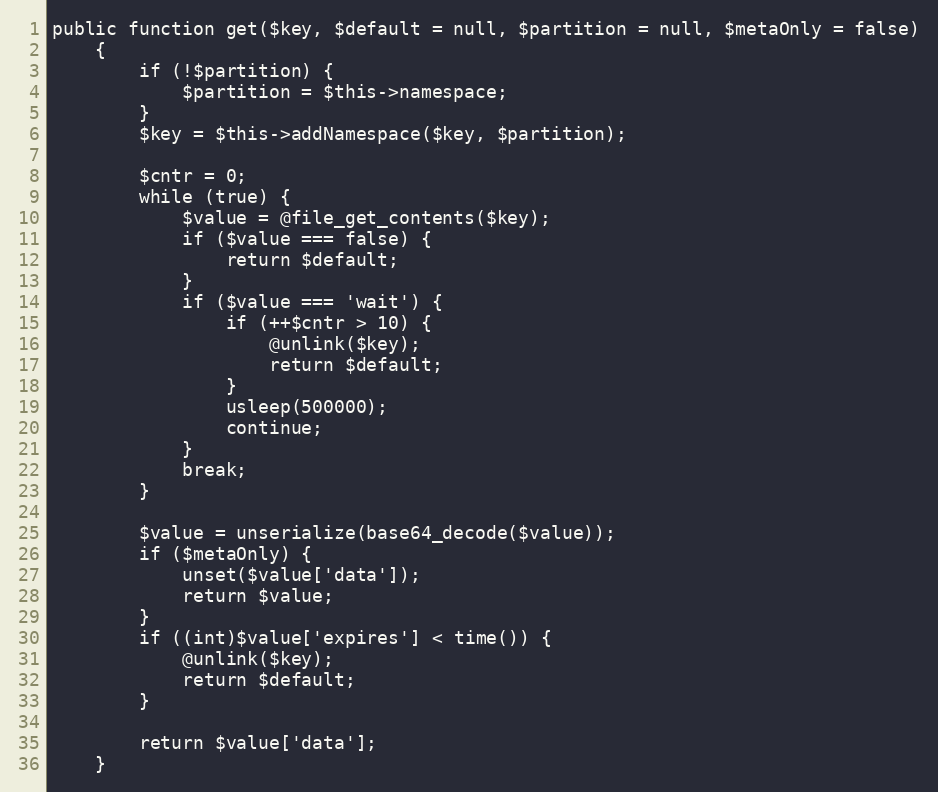
Language: PHP
public function get($key, $default = null, $partition = null, $metaOnly = false)
    {
        if (!$partition) {
            $partition = $this->namespace;
        }
        $key = $this->addNamespace($key, $partition);

        $cntr = 0;
        while (true) {
            $value = @file_get_contents($key);
            if ($value === false) {
                return $default;
            }
            if ($value === 'wait') {
                if (++$cntr > 10) {
                    @unlink($key);
                    return $default;
                }
                usleep(500000);
                continue;
            }
            break;
        }

        $value = unserialize(base64_decode($value));
        if ($metaOnly) {
            unset($value['data']);
            return $value;
        }
        if ((int)$value['expires'] < time()) {
            @unlink($key);
            return $default;
        }

        return $value['data'];
    }